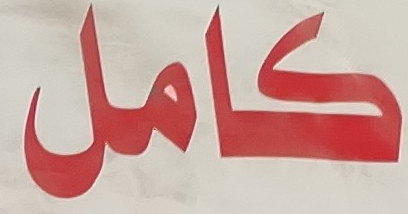
كامل